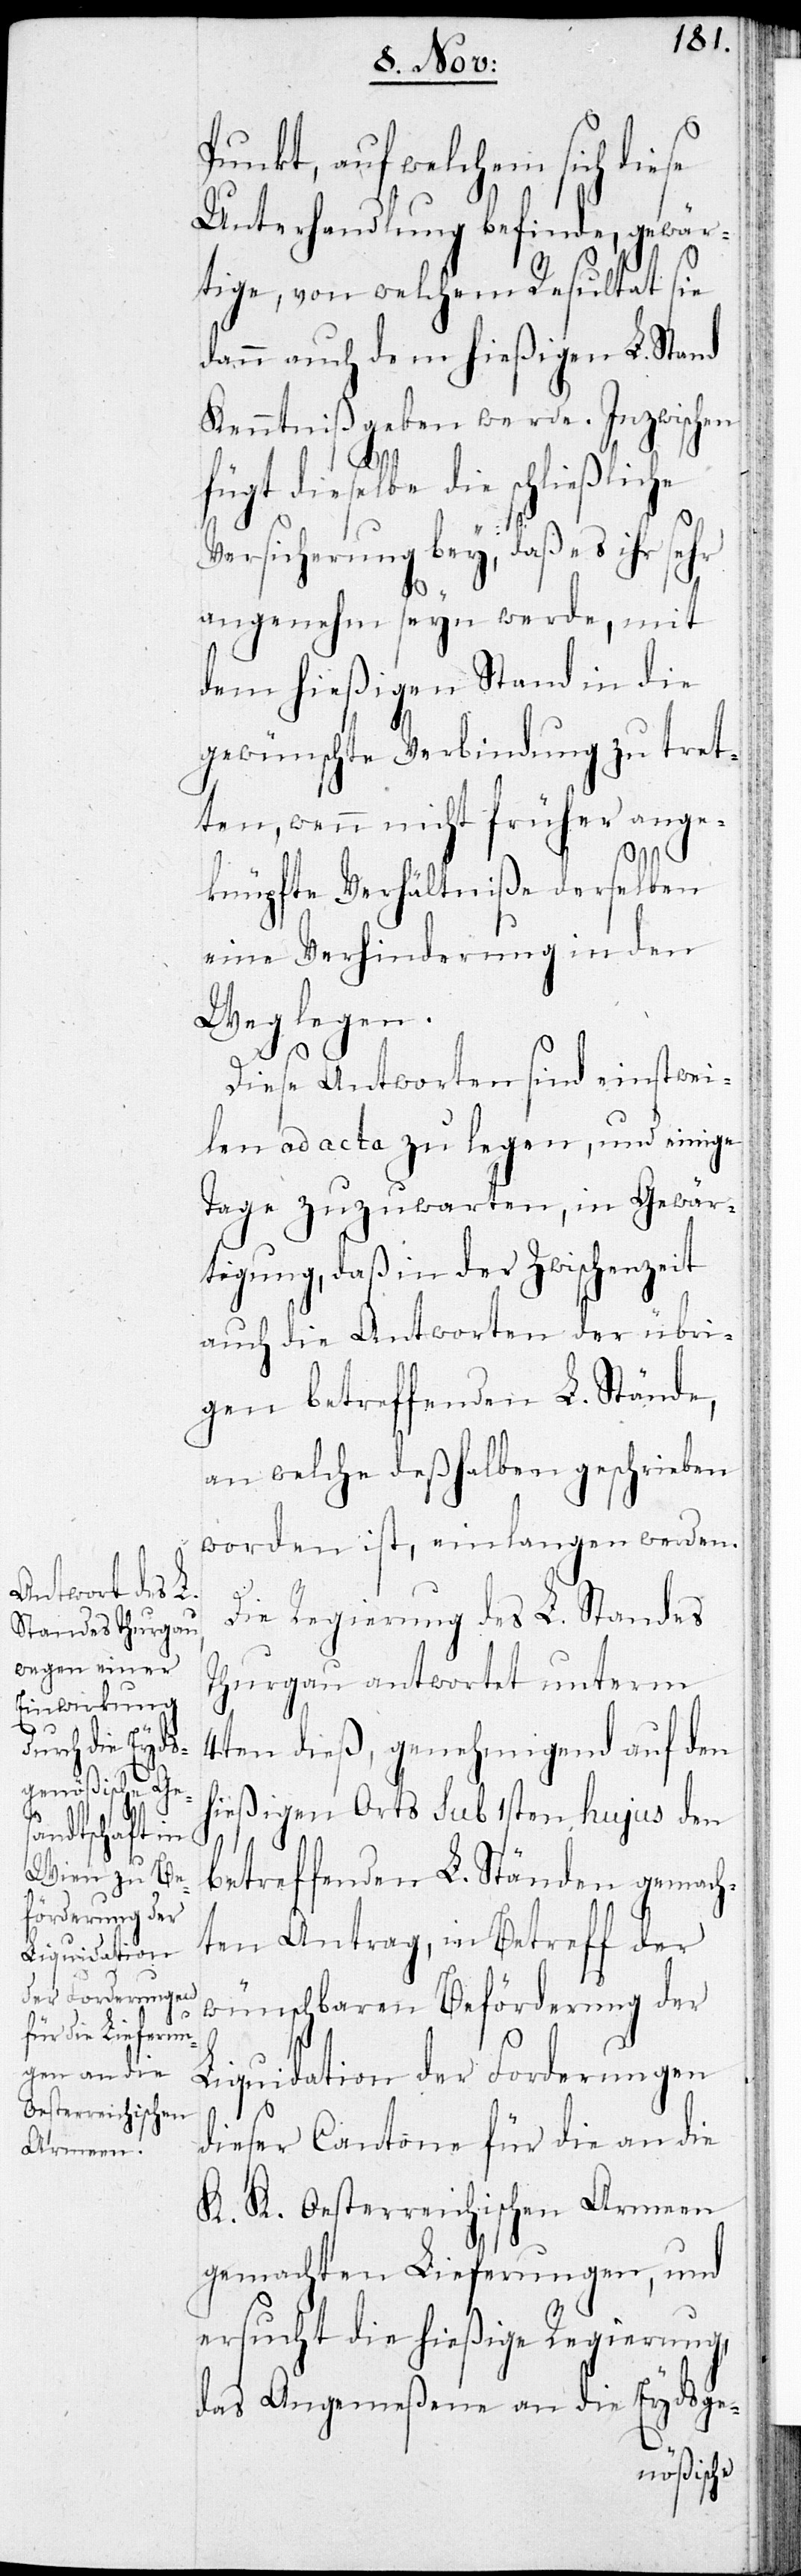
Gewär¬
zu
sind einstwei¬

Punkt, auf welchem sich diese
Unterhandlung befinde, gewär¬
rten
tige, von welch¬
dann auch
Kenntniß geben
fügt dieselbe
die
Versicherung bey,
angenehm seyn
dem hießigen
gewünschte Verb¬
ige
ten, wenn nicht
eknüpfte Verhältniße
eine Verhinderung
Weg legen.
selben
Diese Antwo¬
len ad acta zu legen, und ein¬
Tage zuzuwarten, in
tigung, daß in der Zwischenzeit
auch die Antworten der übri¬
gen betreffenden L. Stände,
an welche deßhalben geschrieben
worden ist, einlangen werden.
Die Regierung des L. Standes
Thurgau antwortet unterm
4ten dieß, genehmigend auf den
hießigen Orts sub 1sten hujus den
tret¬
betreffenden L. Ständen gemach¬
ten Antrag, in Betreff der
wünschbaren Beförderung der
Liquidation der Forderungen
dieser Cantone für die an die
K. K. Oesterreichische Armeen
gemachten Lieferungen, und
ersucht die hießige Regierung,
das Angemeßene an die Eydsge-